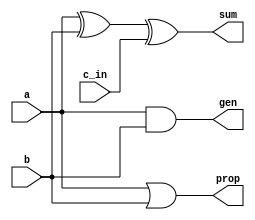
module a_block(sum, gen, prop, c_in, a, b);

   input a, b, c_in;
   output sum, gen, prop;
	wire w;

   or (prop, a, b);
   and (gen, a, b);
   xor (w, a, b);
	xor (sum, w, c_in);

endmodule